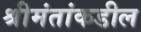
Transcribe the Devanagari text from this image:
श्रीमंतांकडील